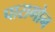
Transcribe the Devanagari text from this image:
पारागोन